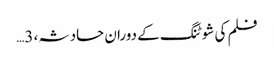
فلم کی شوٹنگ کے دوران حادثہ، 3…